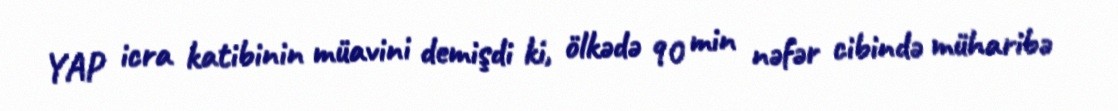
YAP icra katibinin müavini demişdi ki, ölkədə 90 min nəfər cibində müharibə